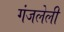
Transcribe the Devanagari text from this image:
गंजलेली